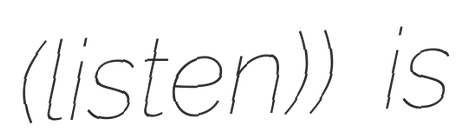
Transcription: (listen)) is